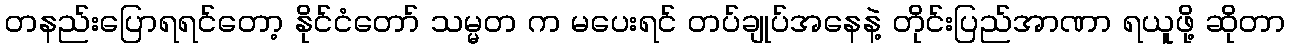
တနည်းပြောရရင်တော့ နိုင်ငံတော် သမ္မတ က မပေးရင် တပ်ချုပ်အနေနဲ့ တိုင်းပြည်အာဏာ ရယူဖို့ ဆိုတာ